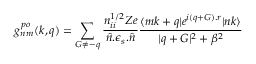
g _ { n m } ^ { p o } ( k , q ) = \sum _ { G \neq - q } ^ { } { \frac { n _ { i i } ^ { 1 / 2 } Z e } { \hat { n } . \epsilon _ { s } . \hat { n } } } { \frac { \langle m k + q | e ^ { i ( q + G ) . r } | n k \rangle } { | q + G | ^ { 2 } + \beta ^ { 2 } } }